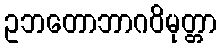
ဥဘတောဘာဂဝိမုတ္တာ